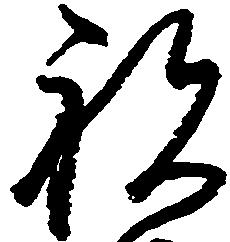
祝